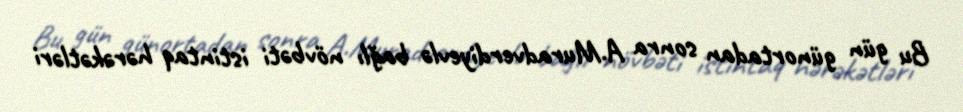
Bu gün günortadan sonra A.Muradverdiyevlə bağlı növbəti istintaq hərəkətləri